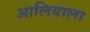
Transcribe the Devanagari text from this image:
आलियाला